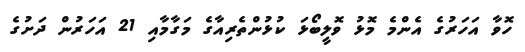
ހޮވާ އަހަރުގެ އެންމެ މޮޅު ވޮލީބޯޅަ ކުޅުންތެރިއާގެ މަގާމާއި 21 އަހަރުން ދަށުގެ